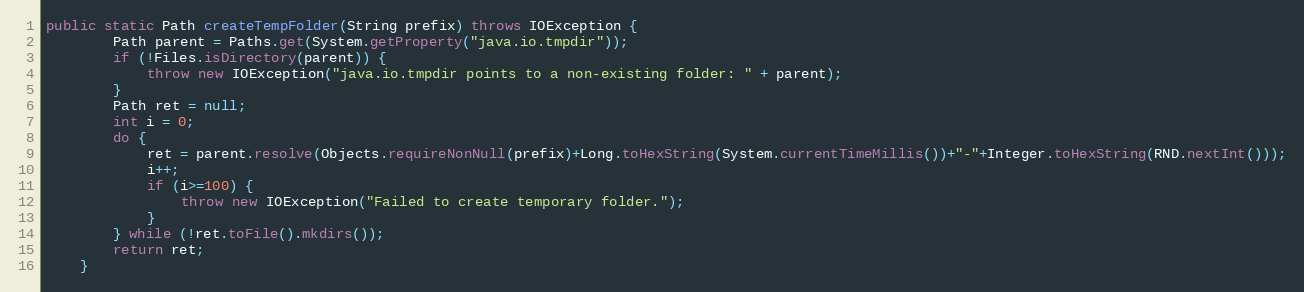
Language: Java
public static Path createTempFolder(String prefix) throws IOException {
		Path parent = Paths.get(System.getProperty("java.io.tmpdir"));
		if (!Files.isDirectory(parent)) {
			throw new IOException("java.io.tmpdir points to a non-existing folder: " + parent);
		}
		Path ret = null;
		int i = 0;
		do {
			ret = parent.resolve(Objects.requireNonNull(prefix)+Long.toHexString(System.currentTimeMillis())+"-"+Integer.toHexString(RND.nextInt()));
			i++;
			if (i>=100) {
				throw new IOException("Failed to create temporary folder.");
			}
		} while (!ret.toFile().mkdirs());
		return ret;
	}